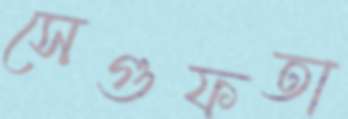
সেগুফতা